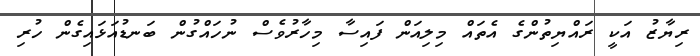
ރިޔާޒު އަކީ ރައްޔިތުންގެ އެތައް މިލިއަން ފައިސާ މިހާރުވެސް ނުހައްގުން ބަނޑުއަޅައިގެން ހުރި